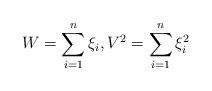
LaTeX: \begin{align*}W=\sum_{i=1}^n\xi_i,V^2 = \sum_{i=1}^n\xi_i^2 \end{align*}